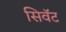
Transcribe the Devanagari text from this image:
सिवॅट